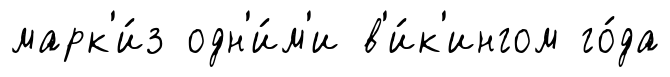
марк'и́з одн'и́м'и в'и́к'ингом го́да